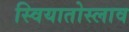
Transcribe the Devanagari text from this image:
स्वियातोस्लाव